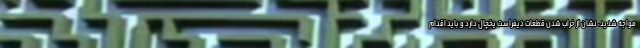
مواجه شدید، نشان از خراب شدن قطعات دیفراست یخچال دارد و باید اقدام